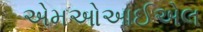
એમઓઆઈએલ